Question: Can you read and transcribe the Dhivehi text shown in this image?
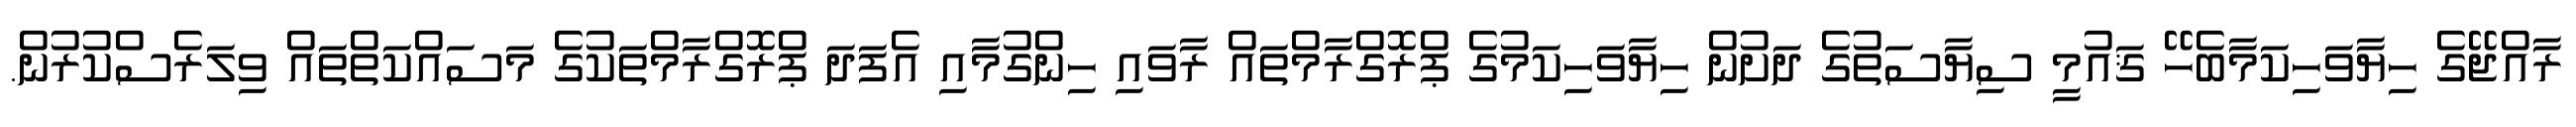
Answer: ރާއްޖޭގެ ހިޔާވަހިކަމާބެހޭ ޤައުމީ ސިޔާސަތުގެ ދަށުން ހިޔާވަހިކަމުގެ ޕްރޮގްރާމްތައް ރާވައި ހިންގުމާއި އެފަދަ ޕްރޮގްރާމްތަކުގެ މަސައްކަތްތައް ވިލަރެސްކުރުން.